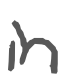
Text: in
Cross-out: clean
Writing tool: digital_gray